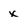
Character: x